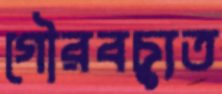
গৌরবচ্যুত